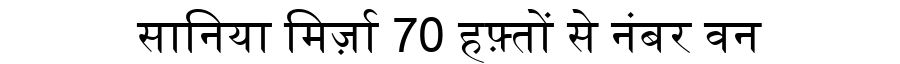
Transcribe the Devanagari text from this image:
सानिया मिर्ज़ा 70 हफ़्तों से नंबर वन